Annual administration report of the Civil Veterinary Department, Sind - 1942-1943
Year: 1942
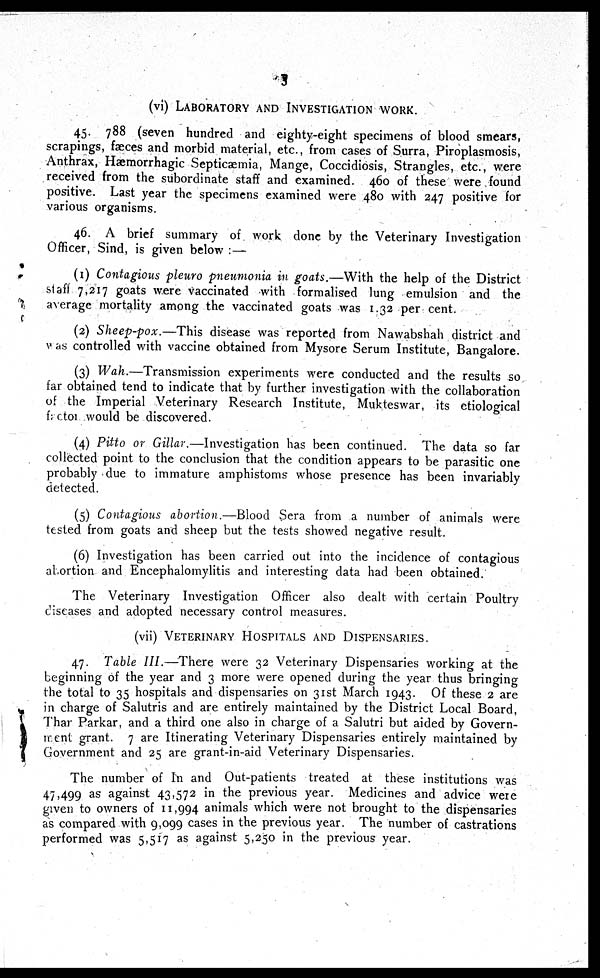
5
(vi) LABORATORY AND INVESTIGATION WORK
45. 788 (seven hundred and eighty-eight specimens of blood smears,
scrapings, fæces and morbid material, etc., from cases of Surra, Piroplasmosis,
Anthrax, Hæmorrhagic Septicæmia, Mange, Coccidiosis, Strangles, etc., were
received from the subordinate staff and examined. 460 of these were found
positive. Last year the specimens examined were 480 with 247 positive for
various organisms.
46. A brief summary of work done by the Veterinary Investigation
Officer, Sind, is given below :—
(1) Contagious pleuro pneumonia in goats.—With the help of the District
staff 7,217 goats were vaccinated with formalised lung emulsion and the
average mortality among the vaccinated goats was 1.32 per cent.
(2) Sheep-pox.—This
disease was reported from Nawabshah district and
was controlled with vaccine obtained from Mysore Serum Institute, Bangalore.
(3) Wah.—Transmission
experiments were conducted and the results so
far obtained tend to indicate that by further investigation with the collaboration
of the Imperial Veterinary Research Institute, Mukteswar, its etiological
factor would be discovered.
(4) Pitto or Gillar.—Investigation has been continued. The data so far
collected point to the conclusion that the condition appears to be parasitic one
probably due to immature amphistoms whose presence has been invariably
detected.
(5) Contagious abortion.—Blood Sera from a number of animals were
tested from goats and sheep but the tests showed negative result.
(6) Investigation has been carried out into the incidence of contagious
abortion and Encephalomylitis and interesting data had been obtained.
The Veterinary Investigation Officer also dealt with certain Poultry
diseases and adopted necessary control measures.
(vii) VETERINARY HOSPITALS AND DISPENSARIES.
47. Table III.—There were 32 Veterinary Dispensaries working at the
beginning of the year and 3 more were opened during the year thus bringing
the total to 35 hospitals and dispensaries on 31st March 1943. Of these 2 are
in charge of Salutris and are entirely maintained by the District Local Board,
Thar Parkar, and a third one also in charge of a Salutri but aided by Govern-
ment grant. 7 are Itinerating Veterinary Dispensaries entirely maintained by
Government and 25 are grant-in-aid Veterinary Dispensaries.
The number of In and Out-patients treated at these institutions was
47,499 as against 43,572 in the previous year. Medicines and advice were
given to owners of 11,994 animals which were not brought to the dispensaries
as compared with 9,099 cases in the previous year. The number of castrations
performed was 5,517 as against 5,250 in the previous year.